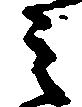
ミ